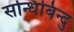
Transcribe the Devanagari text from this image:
सन्धिबिन्दु